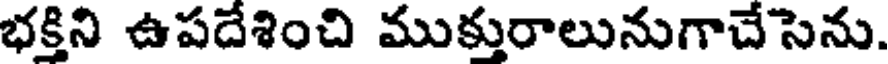
భక్తిని ఉపదేశించి ముక్తురాలునుగాచేసెను.